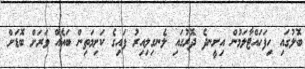
ބޮލުގައި ހިފަހައްޓާލަމުން އިށީނދެ ދޮރުގައި ލެނގިލިއިރު ފައިގެ ކަށިމަތިން ބައެއް ވަރަށް ބޮޑަށް